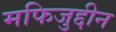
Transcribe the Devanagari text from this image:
मफिजुद्दीन